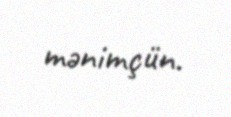
mənimçün.